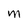
Character: M